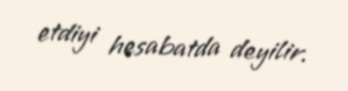
etdiyi hesabatda deyilir.